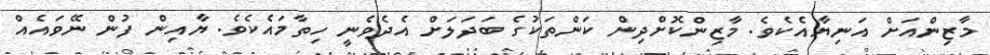
މާޒިންއަށް އަނިޔާއެކެވެ. މާޒިންކޮށްދިން ކަންތަކުގެ ބަދަލަށް އެދެވެނީ ހިތާމައެކެވެ. ޔާއިން ފުން ނޭވައެއް